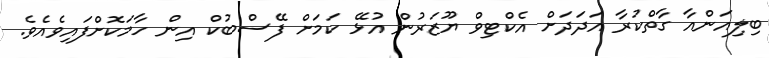
ބިލިއަންއާ ގާތްކުރާ އަދަދަށް އެކްޓިވް ޔޫޒަރުން އުޅޭ ކަމަށް ފޭސްބުކް އިން ހާމަކޮށްފައިވެއެވެ.